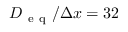
D _ { \mathrm { ~ e ~ q ~ } } / \Delta x = 3 2